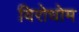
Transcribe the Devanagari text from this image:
विरोधोम